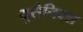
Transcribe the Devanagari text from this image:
युसेनिक्स